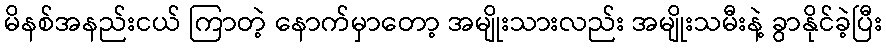
မိနစ်အနည်းငယ် ကြာတဲ့ နောက်မှာတော့ အမျိုးသားလည်း အမျိုးသမီးနဲ့ ခွာနိုင်ခဲ့ပြီး